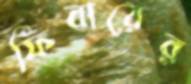
ফিবারের